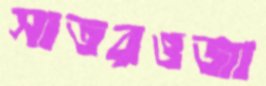
সাতরওজা